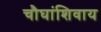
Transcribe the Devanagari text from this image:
चौघांशिवाय